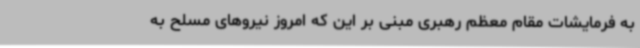
به فرمایشات مقام معظم رهبری مبنی بر این که امروز نیروهای مسلح به